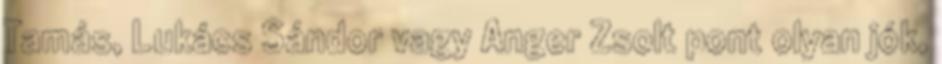
Tamás, Lukács Sándor vagy Anger Zsolt pont olyan jók,